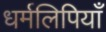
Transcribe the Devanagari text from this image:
धर्मलिपियाँ